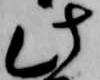
此